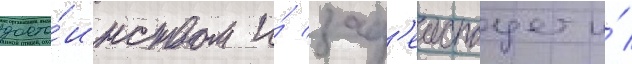
досто́инством и́ зад'еиствует и́